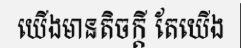
យើងមានតិចក្តី តែយើង